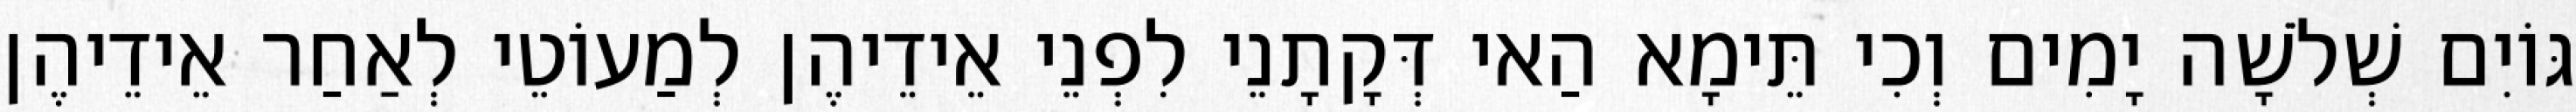
גּוֹיִם שְׁלֹשָׁה יָמִים וְכִי תֵּימָא הַאי דְּקָתָנֵי לִפְנֵי אֵידֵיהֶן לְמַעוֹטֵי לְאַחַר אֵידֵיהֶן